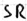
Text: SR